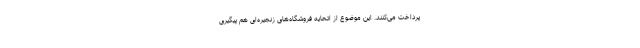
پرداخت می‌کنند. این موضوع از اتحایه فروشگاه‌های زنجیره‌ای هم پیگیری